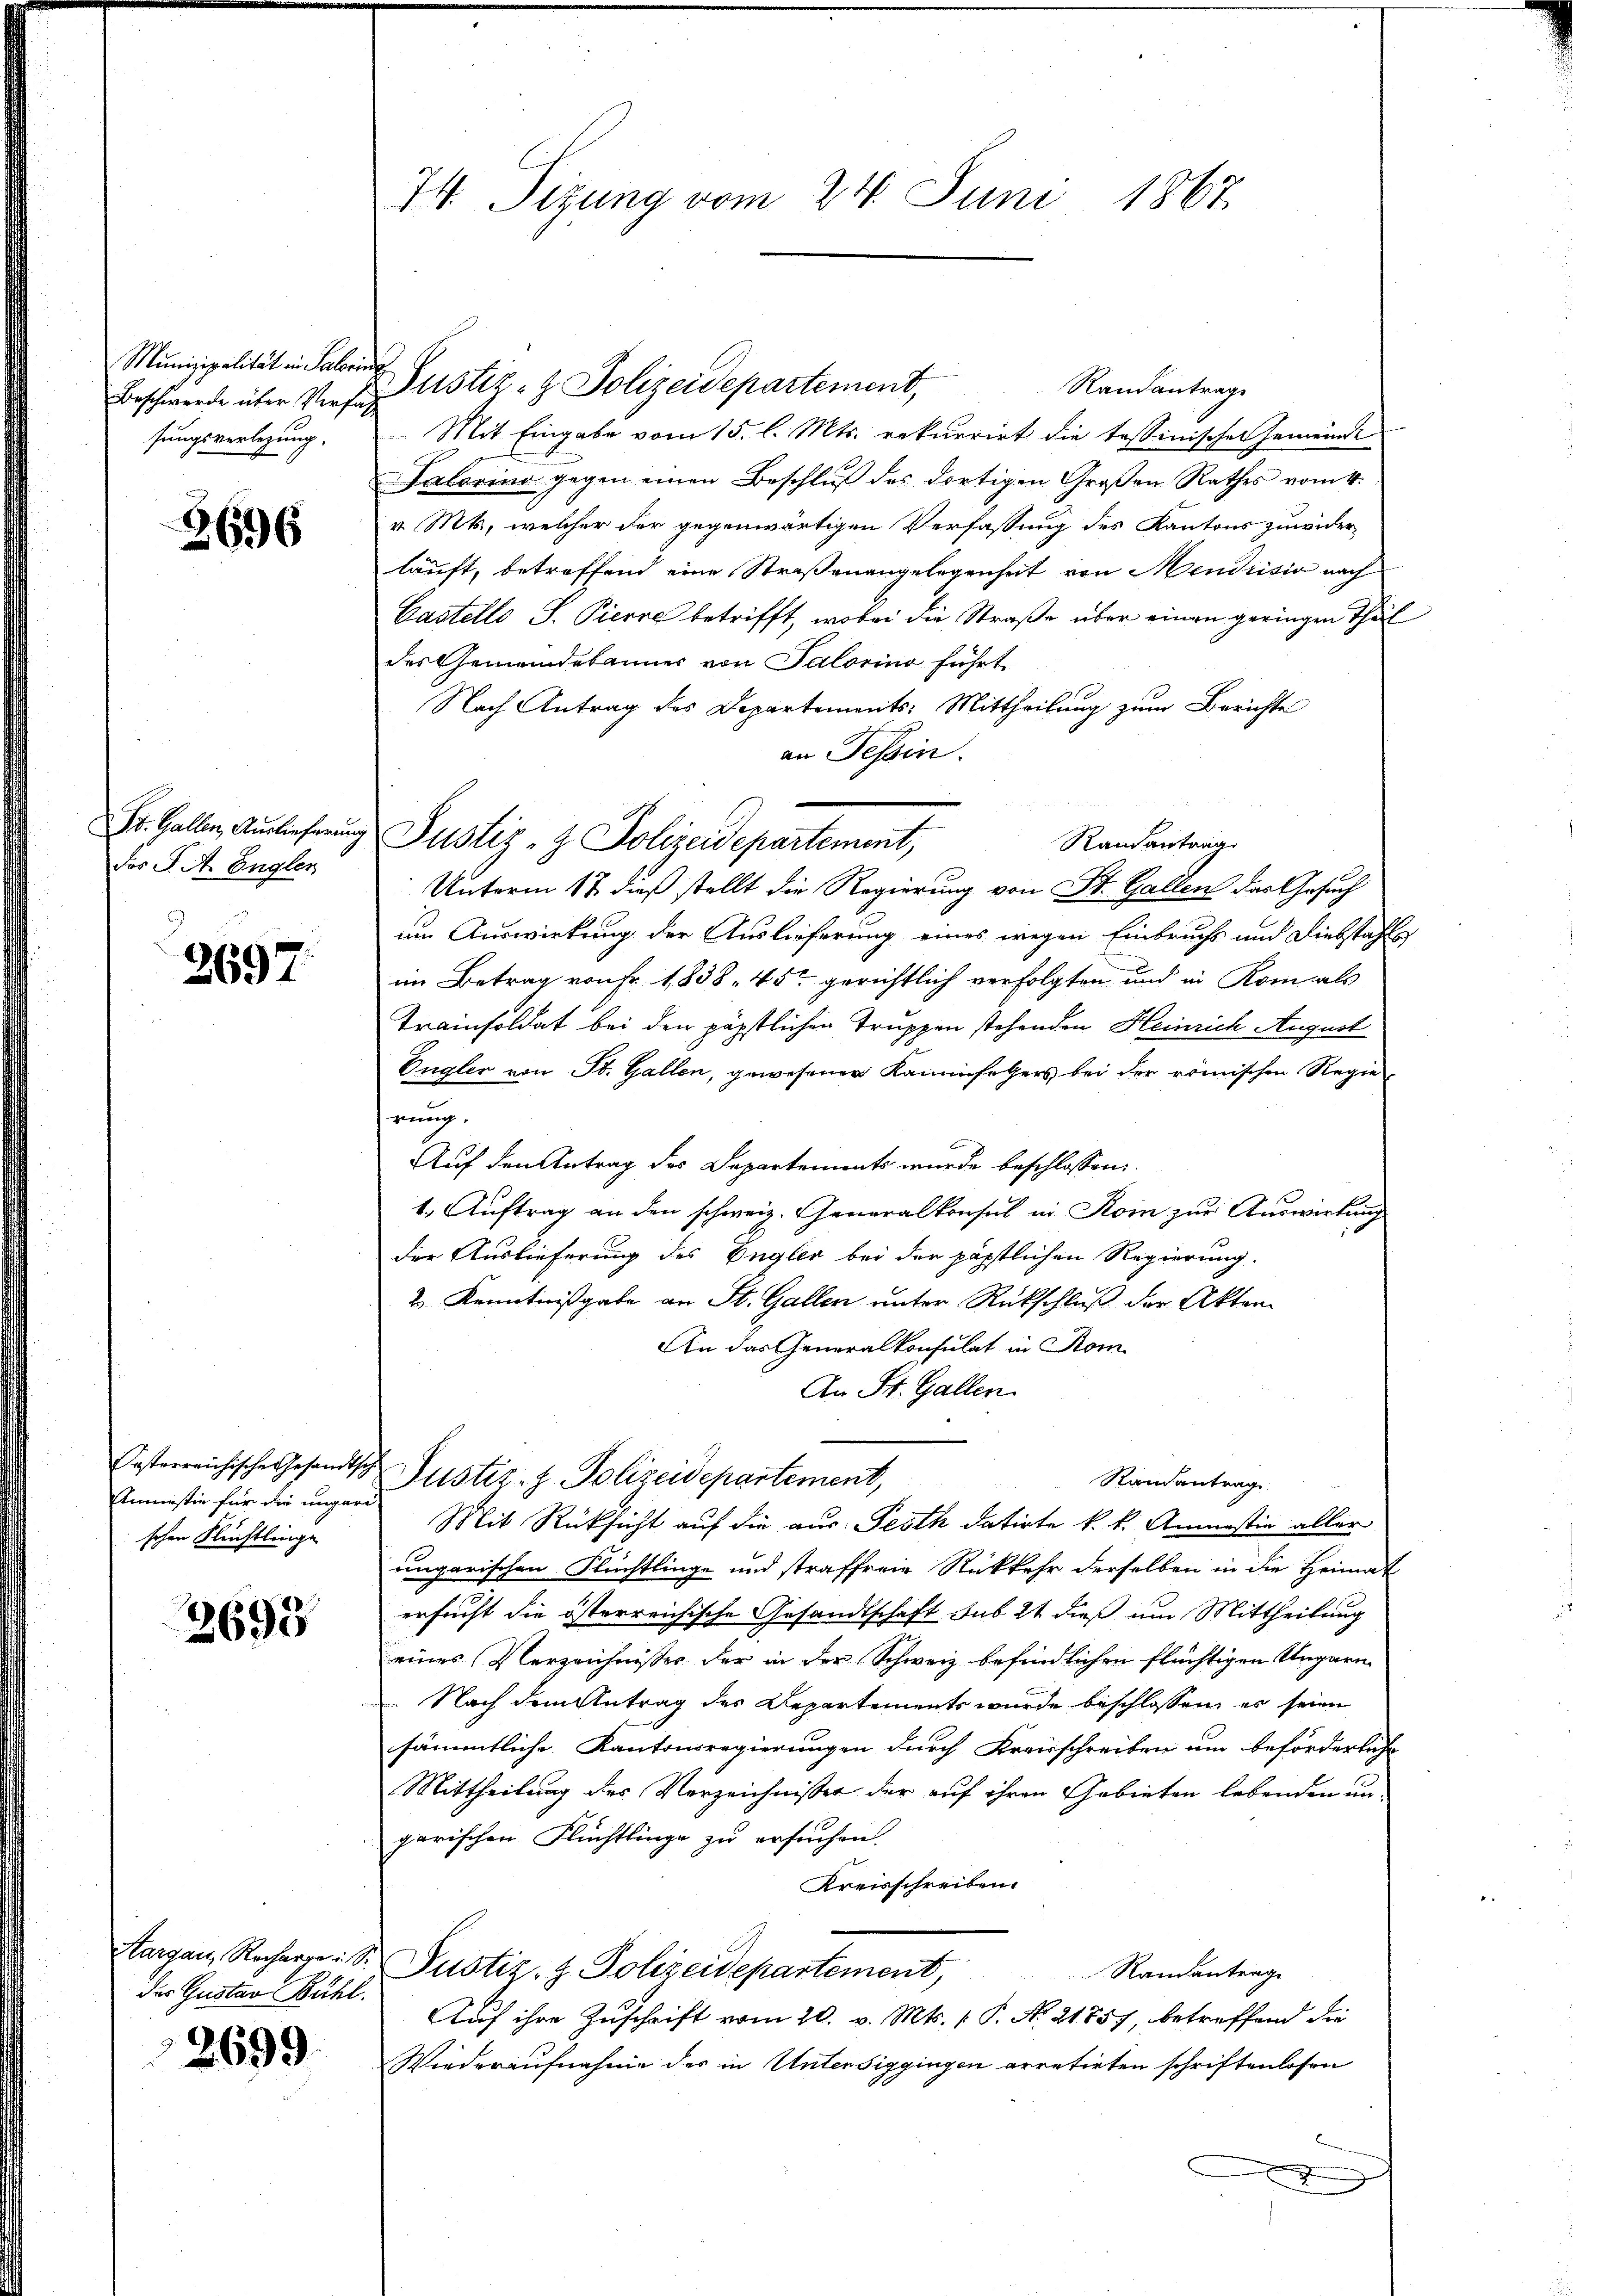
Munizipalität in Salori
Beschwerde über Verfahsungsverlegung.

3696

Dr. Gallen, Auslieferung
dos S. A. Engler

2697.

Oesterreichische Gesandtsch
Amnestie für die ungari
schen Rechtlinge

3698

Hargau, Recharge u. S.
des Gustav Bühl.

2699.

74. Sizung vom 24. Juni 1867

Randantrage
Mit Eingabe vom 15. l. Mts. rekurrirt die tessinischen Gemeinde
Talorino gegen einen Beschluß des dortigen Großen Rathes vom 4.
v. Mts., welcher der gegenwärtigen Verfassung des Kantons zuwider
läuft, betreffend eine Straßenangelegenheit von Mendrisio nach
Castello J. Pierre betrifft, wobei die Straße über einen geringen Thä
der Gemeindebannes von Salorino führt
Nach Antrag des Departements-Mittheilung zum Berichte
an Tessin.
Unterm 12. dieß stellt die Regierung von St. Gallen das Gesuch
um Auswirkung der Auslieferung eines wegen Einbruchs und Diebstahl
im Betrag von Fr. 1838. 45 gerichtlich verfolgten und in Komials
Trainsoldat bei den päpstlichen Truppen stehenden Heinrich August
Engler von St. Gallen, gewesener Kaminfegers bei der römischen Regie
rung.
Auf den Antrag des Departements wurde beschlossen:
1. Auftrag an den schweiz. Generalkonsul in Rom zur Auswirkung
der Auslieferung des Engler bei der päpstlichen Regierung.
2 Kenntnißgabe an St. Gallen unter Rückschluß der Akten
An das Generalkonsulat in Rom.
An St. Gallen.
Justiz- & Polizeidepartement,
Randantrag
Mit Rücksicht auf die aus Pesth datirte k. k. Anmastia aller
ungarischen Flüchtlinge und straffreie Rückkehr derselben in die Heimat
ersucht die österreichische Gesandtschaft sub 24 dieß um Mittheilung
eines Verzeichnisses der in der Schweiz befindlichen flüchtigen Ungarn
 Nach dem Antrag des Departements wurde beschlossen, es seien
sämmtliche Kantonsregierungen durch Kreisschreiben um beförderliche
Mittheilung des Verzeichnissen der auf ihren Gebieten lebenden ungarischen Flüchtlinge zu ersuchen.
Kreisschreiben.
 Justiz- & Polizeidepartement,
Randantrage
Auf ihre Zuschrift vom 20. v. Mts. 1. P. Nr. 21857, betreffend die
Wiederaufnahme des in Untersiggingen arretirten schriftenlosen
x

Justiz- & Polizeidepartement,

Justiz- & Polizeidepartement,
Randantrag